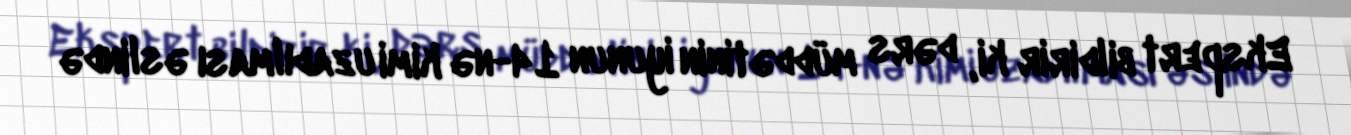
Ekspert bildirir ki, dərs müddətinin iyunun 14-nə kimi uzadılması əslində